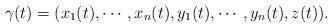
LaTeX: \begin{align*}\gamma(t) = (x_1(t),\cdots,x_n(t),y_1(t),\cdots,y_n(t),z(t)).\end{align*}